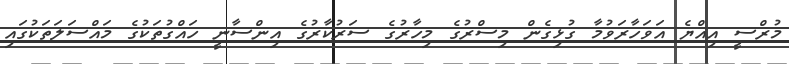
މުރްސީ އިއްޔެ އަވަހާރަވުމާ ގުޅިގެން މިސްރުގެ މިހާރުގެ ސަރުކާރުގެ އިންސާނީ ހައްގުތަކުގެ މައްސަލަތަކުގައި